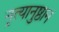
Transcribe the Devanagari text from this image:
नृत्यानुष्ठान